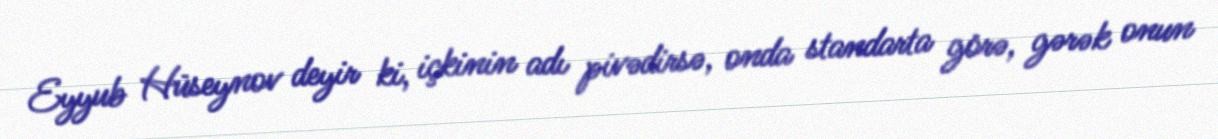
Eyyub Hüseynov deyir ki, içkinin adı pivədirsə, onda standarta görə, gərək onun